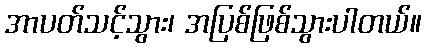
အာပတ်သင့်သွား၊ အပြစ်ဖြစ်သွားပါတယ်။